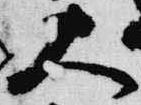
大